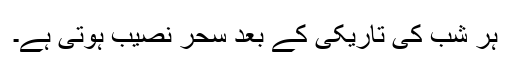
ہر شب کی تاریکی کے بعد سحر نصیب ہوتی ہے۔